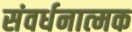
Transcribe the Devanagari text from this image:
संवर्धनात्‍मक